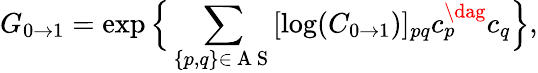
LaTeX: G_{0\to 1}=\exp\Big\{ \sum_{\{ p,q\} \in\mathrm{~A~S~}}[\log(C_{0\to 1})]_{pq}c_{p}^{\dag}c_{q}\Big\} ,